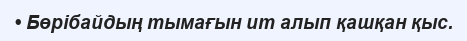
• Бөрібайдың тымағын ит алып қашқан қыс.